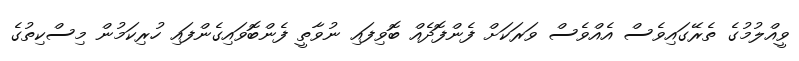
ވީއްލުމުގެ ތެރޭގައިވެސް އެއްވެސް ވަރަކަށް ފެންފޮދެއް ބޮވިފައި ނުވާތީ ފެންބޮވައިގެންފައި ހުރިކަމުން މިސްކިތުގެ